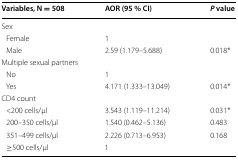
<table><thead><tr><td><b>Variables, N = 508</b></td><td><b>AOR (95 % CI)</b></td><td><b><i>P</i> value</b></td></tr></thead><tbody><tr><td colspan="3">Sex</td></tr><tr><td> Female</td><td>1</td><td></td></tr><tr><td> Male</td><td>2.59 (1.179–5.688)</td><td>0.018*</td></tr><tr><td colspan="3">Multiple sexual partners</td></tr><tr><td> No</td><td>1</td><td></td></tr><tr><td> Yes</td><td>4.171 (1.333–13.049)</td><td>0.014*</td></tr><tr><td colspan="3">CD4 count</td></tr><tr><td> &lt;200 cells/μl</td><td>3.543 (1.119–11.214)</td><td>0.031*</td></tr><tr><td> 200–350 cells/μl</td><td>1.540 (0.462–5.136)</td><td>0.483</td></tr><tr><td> 351–499 cells/μl</td><td>2.226 (0.713–6.953)</td><td>0.168</td></tr><tr><td> ≥500 cells/μl</td><td>1</td><td></td></tr></tbody></table>